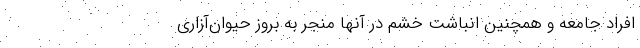
افراد جامعه و همچنین انباشت خشم در آنها منجر به بروز حیوان‌آزاری